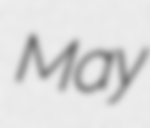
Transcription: May